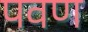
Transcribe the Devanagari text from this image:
पवण